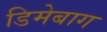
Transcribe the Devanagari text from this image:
डिमेबाग